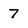
Character: 7